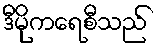
ဒီမိုကရေစီသည်